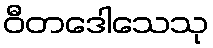
ဝီတဒေါသေသု